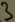
Text: 3